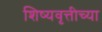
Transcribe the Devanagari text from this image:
शिष्यवृत्तीच्या